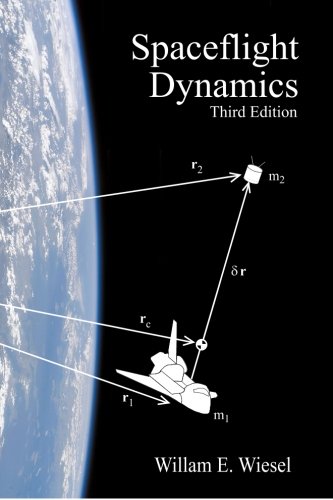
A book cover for Spaceflight Dynamics: Third Edition; William E. Wiesel; Science & Math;